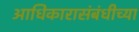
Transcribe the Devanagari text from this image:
आधिकारासंबंधीच्या